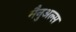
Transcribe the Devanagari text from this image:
मैनुअल्स